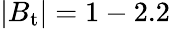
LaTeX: |B_{\mathrm{t}}|=1-2.2